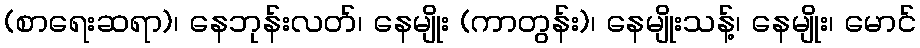
(စာရေးဆရာ)၊ နေဘုန်းလတ်၊ နေမျိုး (ကာတွန်း)၊ နေမျိုးသန့်၊ နေမျိုး၊ မောင်